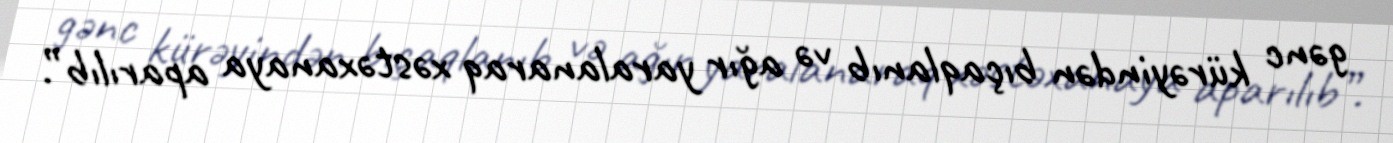
gənc kürəyindən bıçaqlanıb və ağır yaralanaraq xəstəxanaya aparılıb”.